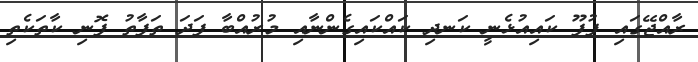
ރާއްޖޭގައި ފުފޫ ކައިއުޅެނީ ކަނދި ކައްކައިގެންނާއި މުރުއްބާ ފަދަ ތަފާތު ފޮނި ކާތަކެތި